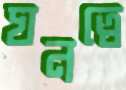
ঘনত্বে